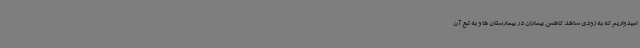
امیدواریم که به زودی شاهد کاهش بیماران در بیمارستان ها و به تبع آن